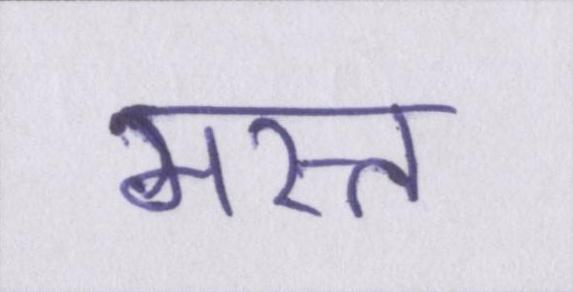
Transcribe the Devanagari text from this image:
मस्त